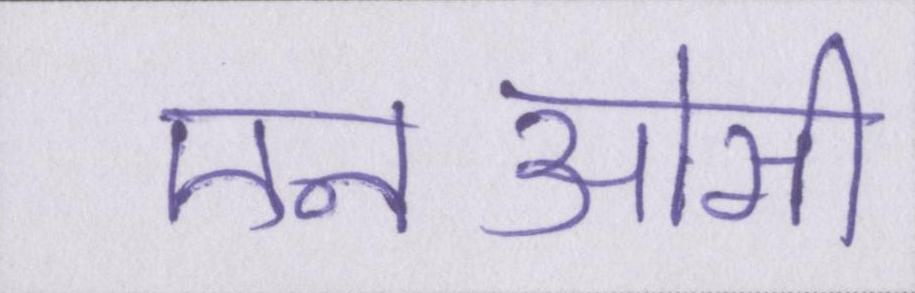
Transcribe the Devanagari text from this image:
एनओसी